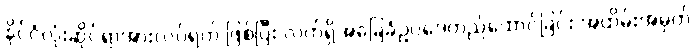
နိုင်ငံလုံးဆိုင်ရာအားလပ်ရက် ဖြစ်ပြီး လက်ရှိအခြေခံဥပဒေတည်ထောင်ခြင်း အထိမ်းအမှတ်